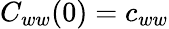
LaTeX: C_{ww}(0)=c_{ww}